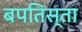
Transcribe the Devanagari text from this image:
बपतिस्ता